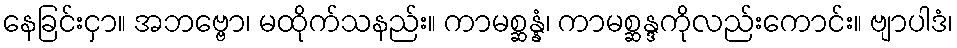
နေခြင်းငှာ။ အဘဗ္ဗော၊ မထိုက်သနည်း။ ကာမစ္ဆန္နံ၊ ကာမစ္ဆန္ဒကိုလည်းကောင်း။ ဗျာပါဒံ၊